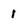
Character: 1